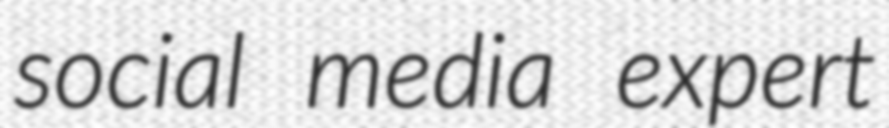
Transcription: social media expert